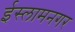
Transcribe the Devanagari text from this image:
ईस्लामनगर